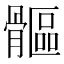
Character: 𩪍